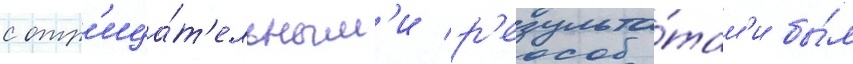
с отр'ица́т'ельным'и р'езульта́там'и бы́л